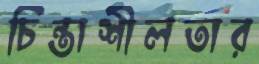
চিন্তাশীলতার